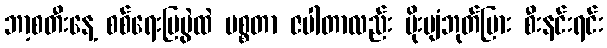
ဘာ့စတီးနေ့ စစ်ရေးပြပွဲထဲ မစ္စတာ ဇပါတာလည်း မိုးပျံဘုတ်ပြား စီးနင်းရင်း